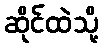
ဆိုင်ထဲသို့